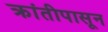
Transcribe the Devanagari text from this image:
क्रांतीपासून